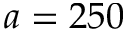
a = 2 5 0